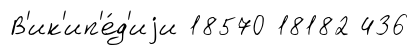
В'ик'ип'е́д'иjи 18570 18182 436